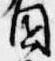
園